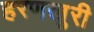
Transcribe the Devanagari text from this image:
हरणखुरी